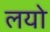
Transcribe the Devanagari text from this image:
लयो